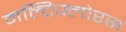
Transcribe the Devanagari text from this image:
मल्टिफ्लोरस